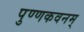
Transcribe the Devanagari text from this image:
पुण्णकवनम्